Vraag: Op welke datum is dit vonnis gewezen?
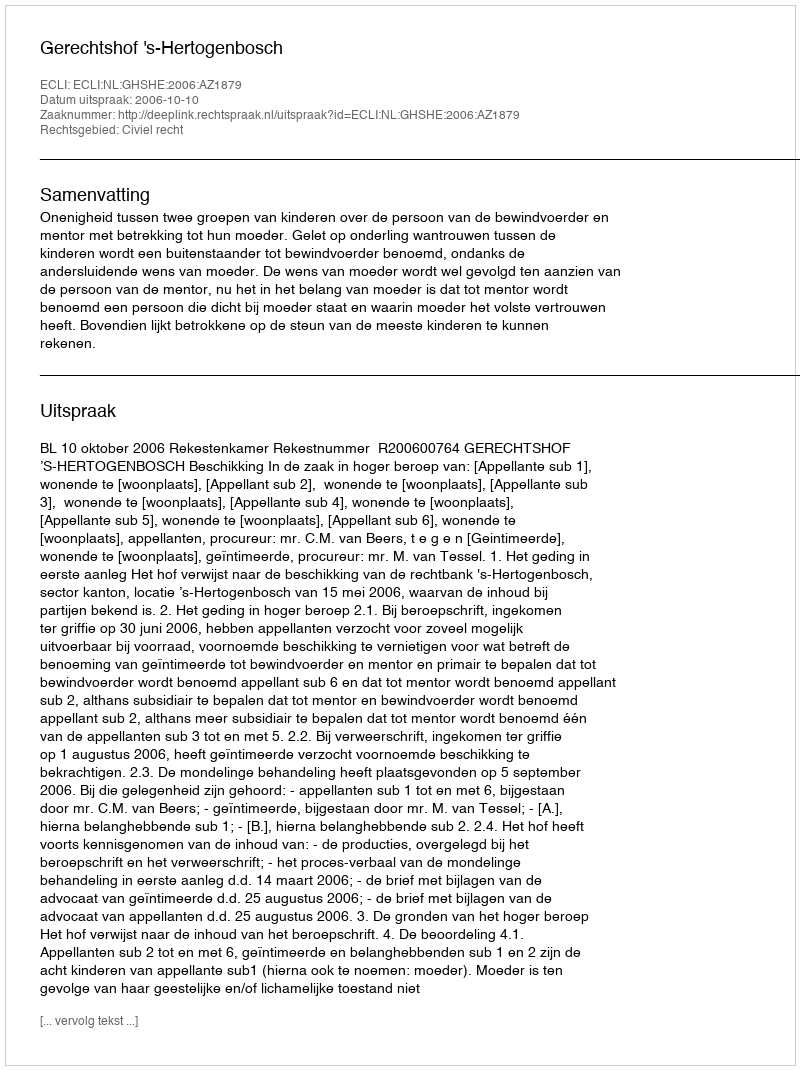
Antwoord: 2006-10-10